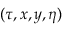
( \tau , x , y , \eta )